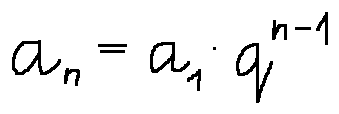
a _ { n } = a _ { 1 } \cdot q ^ { n - 1 }